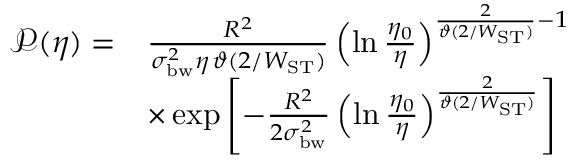
\begin{array} { r l } { \mathcal { P } ( \eta ) = } & { \frac { R ^ { 2 } } { \sigma _ { \mathrm { b w } } ^ { 2 } \eta \, \vartheta ( 2 / W _ { \mathrm { S T } } ) } \left( \ln \frac { \eta _ { 0 } } { \eta } \right) ^ { \frac { 2 } { \vartheta ( 2 / W _ { \mathrm { S T } } ) } - 1 } } \\ & { \times \exp \left[ - \frac { R ^ { 2 } } { 2 \sigma _ { \mathrm { b w } } ^ { 2 } } \left( \ln \frac { \eta _ { 0 } } { \eta } \right) ^ { \frac { 2 } { \vartheta ( 2 / W _ { \mathrm { S T } } ) } } \right] } \end{array}